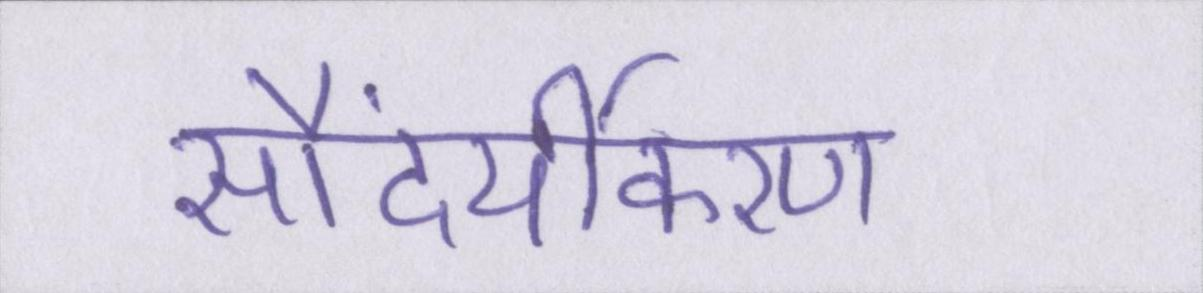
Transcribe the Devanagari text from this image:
सौंदर्यीकरण